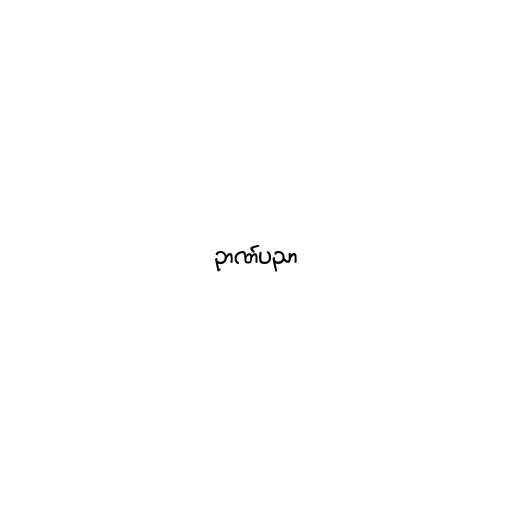
ဉာဏ်ပညာ